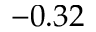
- 0 . 3 2